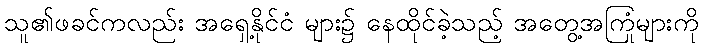
သူ၏ဖခင်ကလည်း အရှေ့နိုင်ငံ များ၌ နေထိုင်ခဲ့သည့် အတွေ့အကြုံများကို